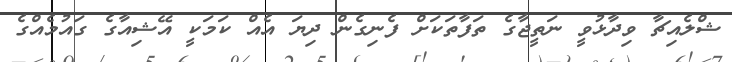
ޝްލެއިޗާ ވިދާޅުވީ ނަތީޖާގެ ތަފާތަކަށް ފެނިގެން ދިޔަ އެއް ކަމަކީ އޭޝިއާގެ ގައުމެއްގެ